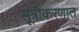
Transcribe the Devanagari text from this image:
सूत्रीकरणात